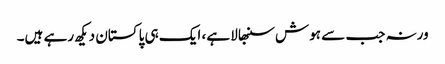
ورنہ جب سے ہوش سنبھالا ہے، ایک ہی پاکستان دیکھ رہے ہیں۔